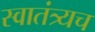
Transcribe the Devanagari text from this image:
स्वातंत्र्यच